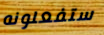
ستفعلونه